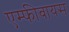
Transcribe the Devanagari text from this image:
एम्फीबायस